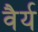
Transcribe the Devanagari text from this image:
वैर्य